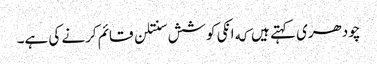
چودھری کہتے ہیں که انکی کوشش سنتلن قائم کرنے کی ہے۔